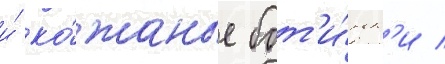
и́ ко́жаные бот'и́нк'и /